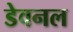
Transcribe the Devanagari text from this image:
डेवनल